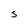
Character: S